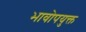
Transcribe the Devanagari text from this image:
भावोपयुक्त